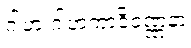
ဂါဟ ဂါဟကာဒိဝဏ္ဏနာ